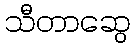
သီတာဆွေ